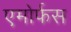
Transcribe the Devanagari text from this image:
एमोर्फस